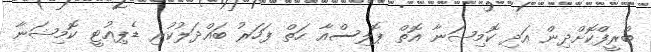
ބްރީފްކޮށްދިން އަދި ކޮމިޝަނާ އޮތް ޕޮލިސްއާ ހަތް ފަހަރު ބައްދަލުކުރި ޑެޕިއުޓީ ކޮމިޝަނާ